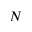
N